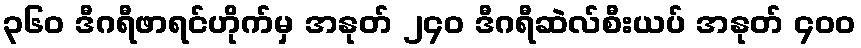
၃၆၀ ဒီဂရီဖာရင်ဟိုက်မှ အနုတ် ၂၄၀ ဒီဂရီဆဲလ်စီးယပ် အနုတ် ၄၀၀